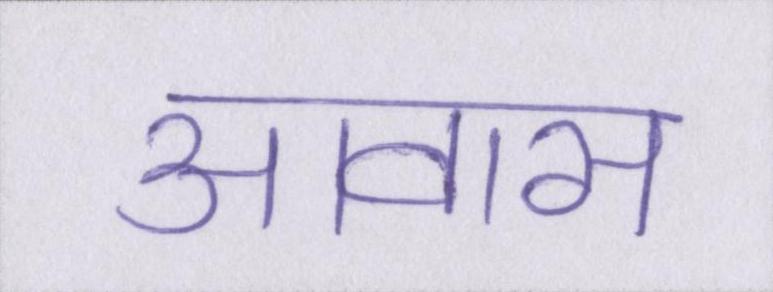
आवास